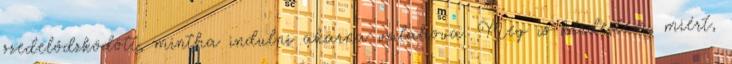
szedelődzködött, mintha indulni akarna valahova. Meg is kérdeztem, miért,